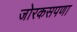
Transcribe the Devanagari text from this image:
जोरकसपणा